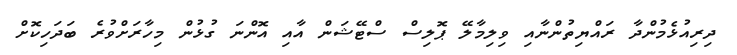
ދިރިއުޅެމުންދާ ރައްޔިތުންނާއި ވިލިމާލޭ ޕޮލިސް ސްޓޭޝަން އާއި އޮންނަ ގުޅުން މިހާރަށްވުރެ ބަދަހިކޮށް